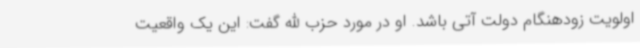
اولویت زودهنگام دولت آتی باشد. او در مورد حزب الله گفت: این یک واقعیت